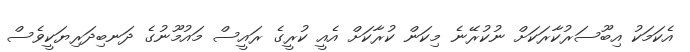
އެކަމަކު އިބޫސަރުކާރަކަށް ނުކުރޭނެ މިކަން ކުރާކަށް އެއީ ކުރީގެ ރައީސް މައުމޫނުގެ ދަނބިދަރިޔަކީވެސް